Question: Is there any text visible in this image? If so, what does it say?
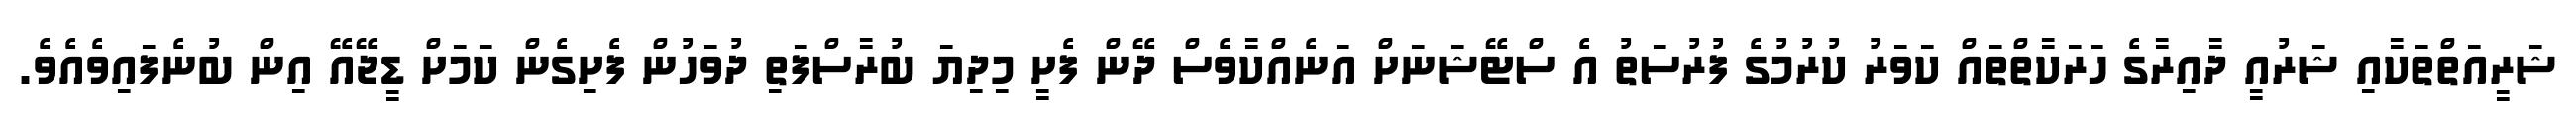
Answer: ޝަރީއަތްތަކާއި ޝަރުއީ ދާއިރާގެ ހަރަކާތްތައް ކަވަރު ކުރުމުގެ ފުރުސަތު އެ ސްޓޭޝަނަށް އަނެއްކާވެސް ދޭން ފެށީ މިދިޔަ ބުރާސްފަތި ދުވަހުން ފެށިގެން ކަމަށް ޑީޖޭއޭ އިން ބުނެފައިވެއެވެ.